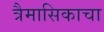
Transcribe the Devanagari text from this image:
त्रैमासिकाचा